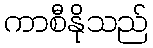
ကာစီနိုသည်